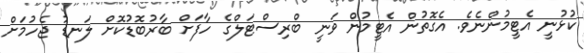
ކުޅުނީ އެޓީމުންނެވެ. އެގޮތުން އެޓީމުން ވަނީ ބްރިސްޓަލްގެ ހާފަށް ބާރުބޮޑުކޮށް ލަނޑު ޖެހުމަށް